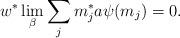
LaTeX: \begin{align*}w^*\lim_\beta \sum_j m_j^*a\psi(m_j)=0.\end{align*}